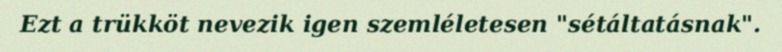
Ezt a trükköt nevezik igen szemléletesen "sétáltatásnak".